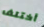
أختلف